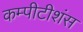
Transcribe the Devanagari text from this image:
कम्पीटीशंस